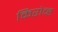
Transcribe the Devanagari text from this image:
किरोव्ह